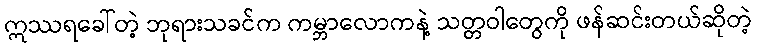
ဣဿရခေါ်တဲ့ ဘုရားသခင်က ကမ္ဘာလောကနဲ့ သတ္တဝါတွေကို ဖန်ဆင်းတယ်ဆိုတဲ့